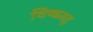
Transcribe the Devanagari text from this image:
विष्काह